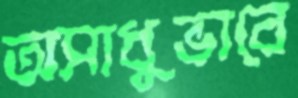
অসাধুভাবে